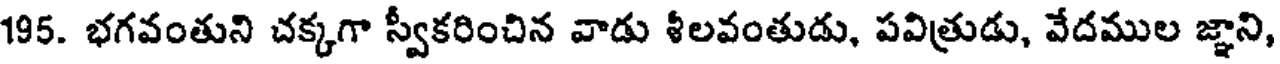
195. భగవంతుని చక్కగా స్వీకరించిన వాడు శీలవంతుడు, పవిత్రుడు, వేదముల జ్ఞాని,